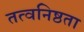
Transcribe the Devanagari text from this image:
तत्वनिष्ठता